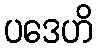
ပဒေဟိ